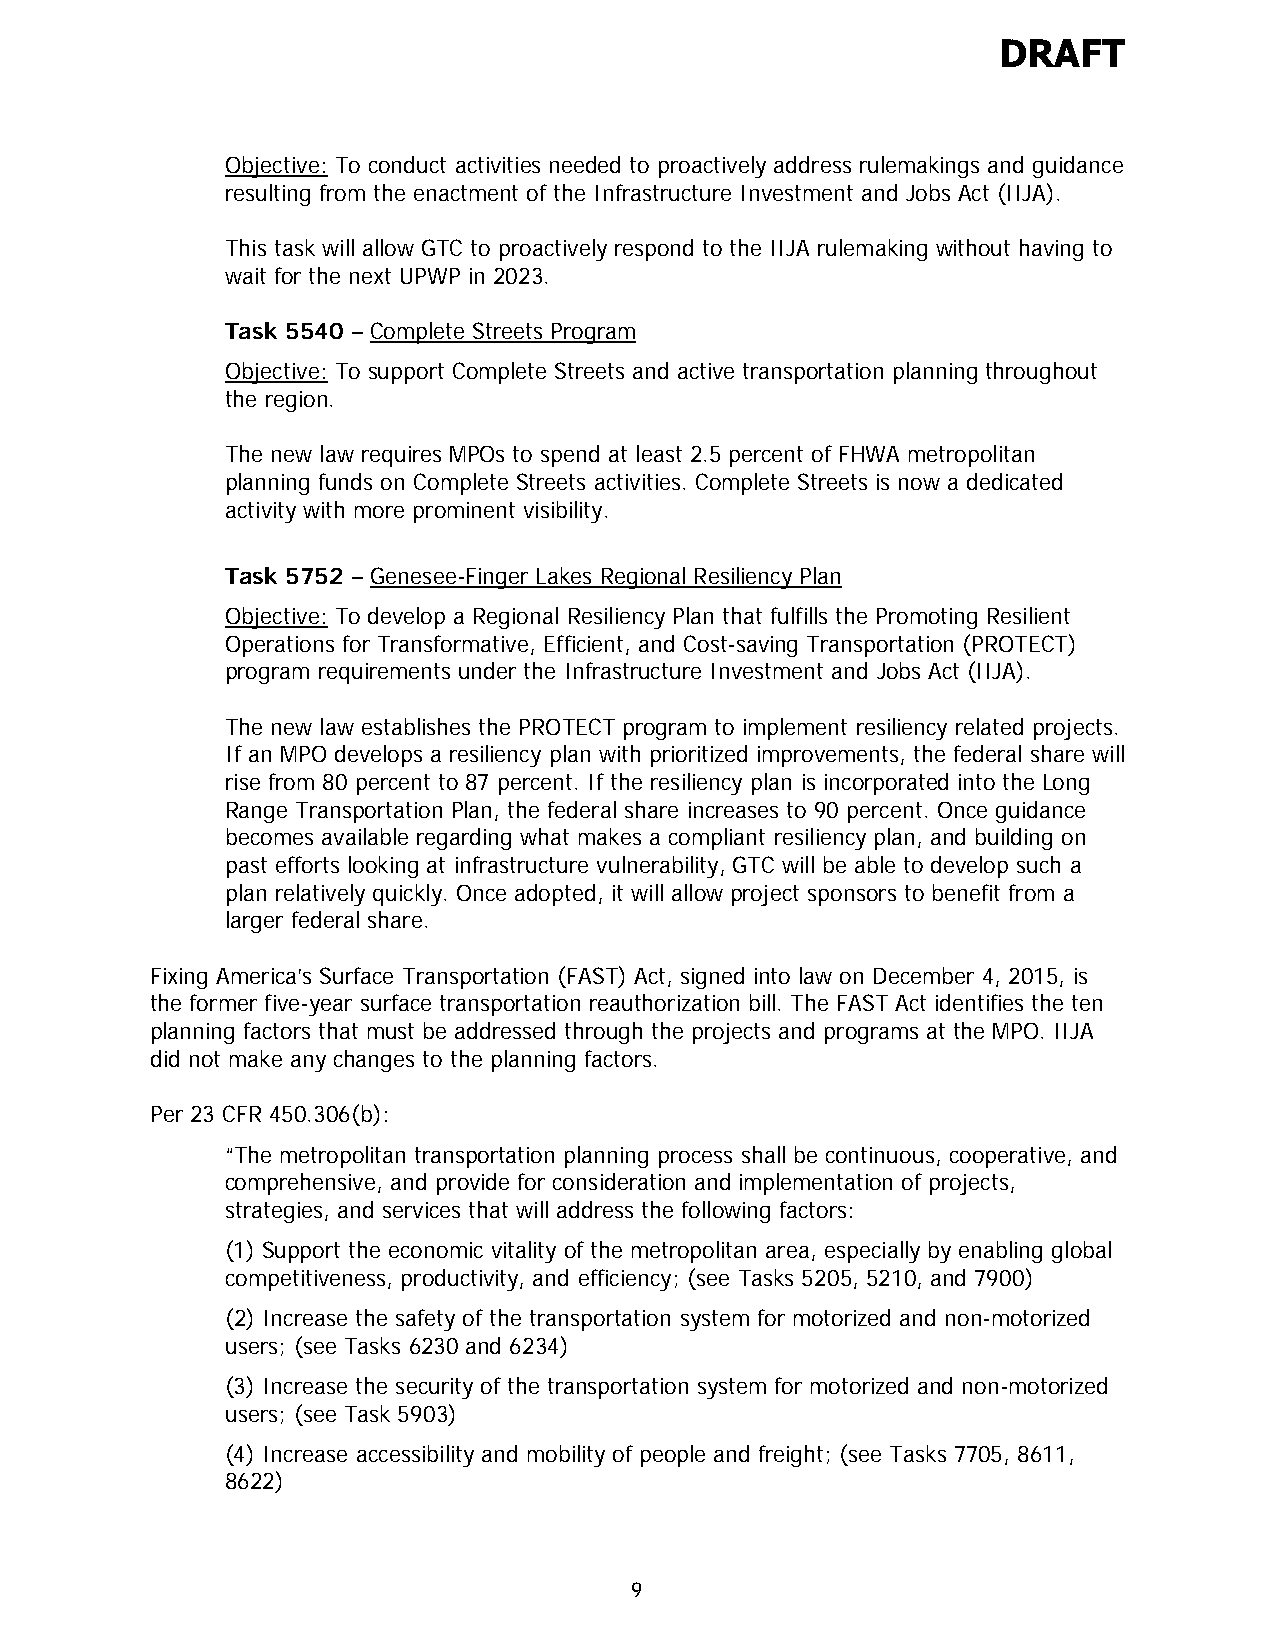
DRAFT
 Objective: To conduct activities needed to proactively address rulemakings and guidance
 resulting from the enactment of the Infrastructure Investment and Jobs Act (IIJA).
 This task will allow GTC to proactively respond to the IIJA rulemaking without having to
 wait for the next UPWP in 2023.
 Task 5540 – Complete Streets Program
 Objective: To support Complete Streets and active transportation planning throughout
 the region.
 The new law requires MPOs to spend at least 2.5 percent of FHWA metropolitan
 planning funds on Complete Streets activities. Complete Streets is now a dedicated
 activity with more prominent visibility.
 Task 5752 – Genesee-Finger Lakes Regional Resiliency Plan
 Objective: To develop a Regional Resiliency Plan that fulfills the Promoting Resilient
 Operations for Transformative, Efficient, and Cost-saving Transportation (PROTECT)
 program requirements under the Infrastructure Investment and Jobs Act (IIJA).
 The new law establishes the PROTECT program to implement resiliency related projects.
 If an MPO develops a resiliency plan with prioritized improvements, the federal share will
 rise from 80 percent to 87 percent. If the resiliency plan is incorporated into the Long
 Range Transportation Plan, the federal share increases to 90 percent. Once guidance
 becomes available regarding what makes a compliant resiliency plan, and building on
 past efforts looking at infrastructure vulnerability, GTC will be able to develop such a
 plan relatively quickly. Once adopted, it will allow project sponsors to benefit from a
 larger federal share.
 Fixing America’s Surface Transportation (FAST) Act, signed into law on December 4, 2015, is
 the former five-year surface transportation reauthorization bill. The FAST Act identifies the ten
 planning factors that must be addressed through the projects and programs at the MPO. IIJA
 did not make any changes to the planning factors.
 Per 23 CFR 450.306(b):
 “The metropolitan transportation planning process shall be continuous, cooperative, and
 comprehensive, and provide for consideration and implementation of projects,
 strategies, and services that will address the following factors:
 (1) Support the economic vitality of the metropolitan area, especially by enabling global
 competitiveness, productivity, and efficiency; (see Tasks 5205, 5210, and 7900)
 (2) Increase the safety of the transportation system for motorized and non-motorized
 users; (see Tasks 6230 and 6234)
 (3) Increase the security of the transportation system for motorized and non-motorized
 users; (see Task 5903)
 (4) Increase accessibility and mobility of people and freight; (see Tasks 7705, 8611,
 8622)
 9